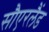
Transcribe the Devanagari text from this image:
सौएरलैंड